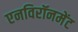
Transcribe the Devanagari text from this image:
एनविरॉनमेंट